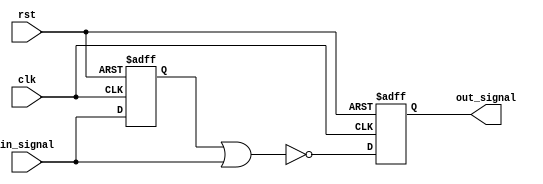
module Timing_Control_Synchronization_NOR_Gate_Delay (
    input wire clk,
    input wire rst,
    input wire in_signal,
    output reg out_signal
);

reg delayed_signal;

always @(posedge clk or posedge rst) begin
    if (rst) begin
        delayed_signal <= 1'b0;
    end else begin
        delayed_signal <= in_signal;
    end
end

always @(posedge clk or posedge rst) begin
    if (rst) begin
        out_signal <= 1'b0;
    end else begin
        out_signal <= ~ (delayed_signal | in_signal);
    end
end

endmodule